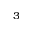
^ 3